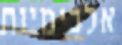
אלכימיות